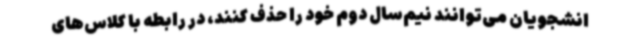
انشجویان می‌توانند نیم‌سال دوم خود را حذف کنند، در رابطه با کلاس‌های